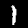
Label: 1